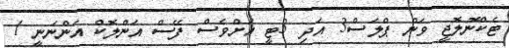
ޓެކްނޮލޮޖީ ވަން ޕްލަސް3 އަދި 3ޓީ އަށްވެސް ފޭސް އަންލޮކް އަންނަނީ 1